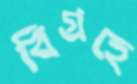
বিগ্রহে